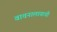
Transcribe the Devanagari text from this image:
वाचनालायाची